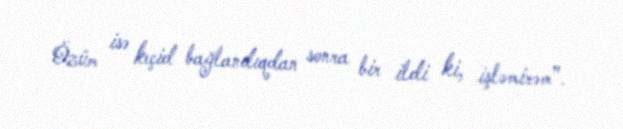
Özüm isə keçid bağlandıqdan sonra bir ildi ki, işləmirəm”.